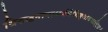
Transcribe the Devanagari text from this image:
विरुद्धनानाधर्मवैशिष्ट्यावगाहिज्ञानं